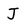
Character: J